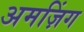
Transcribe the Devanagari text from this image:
अमज़िंग